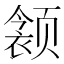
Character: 𲋁